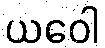
ယဝေါ